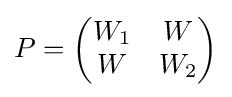
\textstyle P={\begin{pmatrix}W_{1}&W\\W&W_{2}\end{pmatrix}}